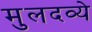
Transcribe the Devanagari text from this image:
मुलदव्ये